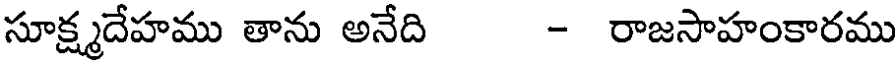
సూక్ష్మదేహము తాను అనేది - రాజసాహంకారము